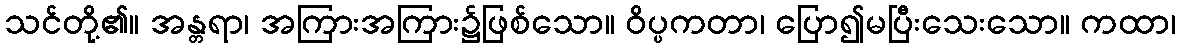
သင်တို့၏။ အန္တရာ၊ အကြားအကြား၌ဖြစ်သော။ ဝိပ္ပကတာ၊ ပြော၍မပြီးသေးသော။ ကထာ၊